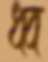
ধ্ব